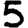
Digit: 5